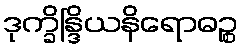
ဒုက္ခိန္ဒြိယနိရောဓဉ္စ